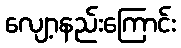
လျော့နည်းကြောင်း